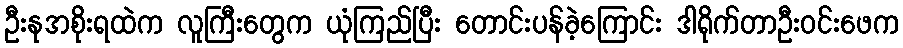
ဦးနုအစိုးရထဲက လူကြီးတွေက ယုံကြည်ပြီး တောင်းပန်ခဲ့ကြောင်း ဒါရိုက်တာဦးဝင်းဖေက